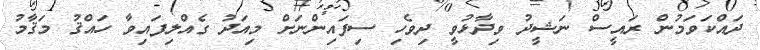
ދައްކަވަމުން ރައީސް ނަޝީދު ވިދާޅުވީ ދިވެހި ސިފައިންނަށް މިއަދު ގެއްލިފައިވާ ހައްޤު މަޤާމު